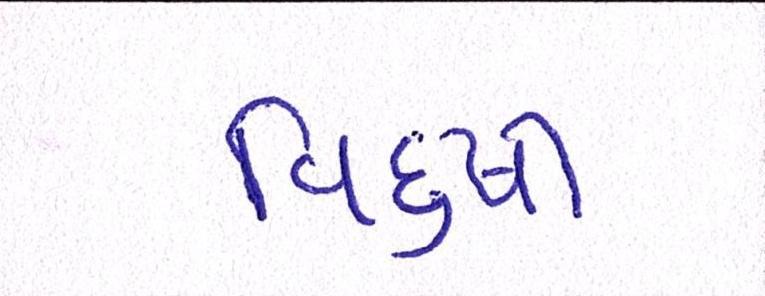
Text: વિદુષી